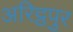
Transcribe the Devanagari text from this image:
अरिट्ठपुर